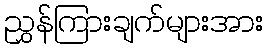
ညွှန်ကြားချက်များအား